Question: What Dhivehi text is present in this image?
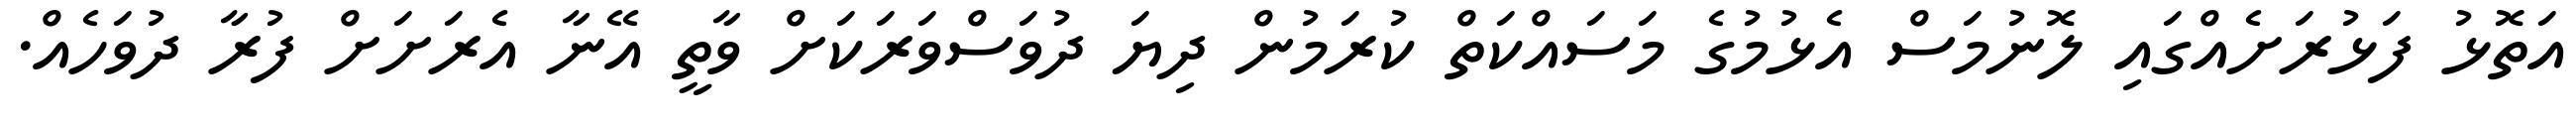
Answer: އަތޮޅު ފަޅުރަށެއްގައި ލޮނުމަސް އެޅުމުގެ މަސައްކަތް ކުރަމުން ދިޔަ ދުވަސްވަރަކަށް ވާތީ އޭނާ އެރަށަށް ފުރާ ދުވަހެއް.